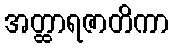
အတ္ထာရဇာတိကာ